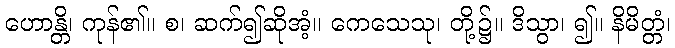
ဟောန္တိ၊ ကုန်၏။ စ၊ ဆက်၍ဆိုအံ့။ ကေသေသု၊ တို့၌။ ဒိသွာ၊ ၍။ နိမိတ္တံ၊